Annual administration report of the Civil Veterinary Department, Ajmere-Merwara, British Rajputana - 1914-1940
Year: 1914
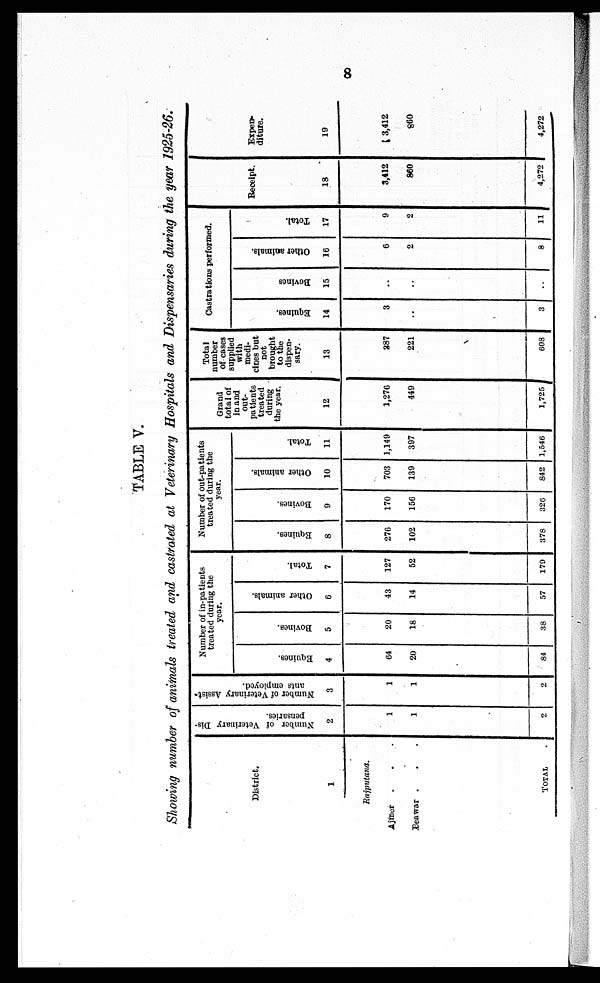
8
TABLE V.
Showing number of animals treated and castrated at Veterinary Hospitals and Dispensaries during the year 1925-26.
District.
1
Rajputana.
Ajmer . . .
Beawar . . . .
TOTAL
.
Number of Veterinary Dis-
pensaries.
2
1
1
2
Number of Veterinary Assist-
ants employed.
3
1
1
2
Number of in-patients
treated during the
year.
Equines.
4
64
20
84
Bovines.
5
20
18
38
Other animals.
6
43
14
57
Total.
7
127
52
179
Number of out-patients
treated during the
year.
Equines.
8
276
102
378
Bovines.
9
170
156
326
Other animals.
10
703
139
842
Total.
11
1,149
397
1,546
Grand
total of
in and
out-
patients
treated
during
the year.
12
1,276
449
1,725
Total
number
of cases
supplied
with
medi-
cines but
not
brought
to the
dispen-
sary.
13
387
221
608
Castrations performed.
Equines.
14
3
..
3
Bovines
15
..
..
..
Other animals.
16
6
2
8
Total.
17
9
2
11
Receipt.
18
3,412
860
4,272
Expen-
diture.
19
3,412
860
4,272